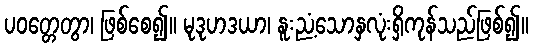
ပဝတ္တေတွာ၊ ဖြစ်စေ၍။ မုဒုဟဒယာ၊ နူးညံ့သောနှလုံးရှိကုန်သည်ဖြစ်၍။